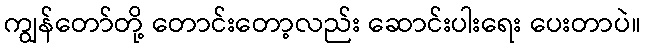
ကျွန်တော်တို့ တောင်းတော့လည်း ဆောင်းပါးရေး ပေးတာပဲ။